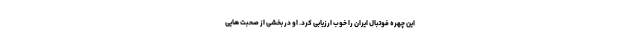
این چهره فوتبال ایران را خوب ارزیابی کرد. او در بخشی از صحبت هایی